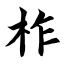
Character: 柞